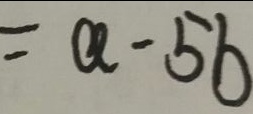
= a - 5 b